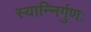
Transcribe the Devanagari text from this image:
स्यान्निर्गुणः